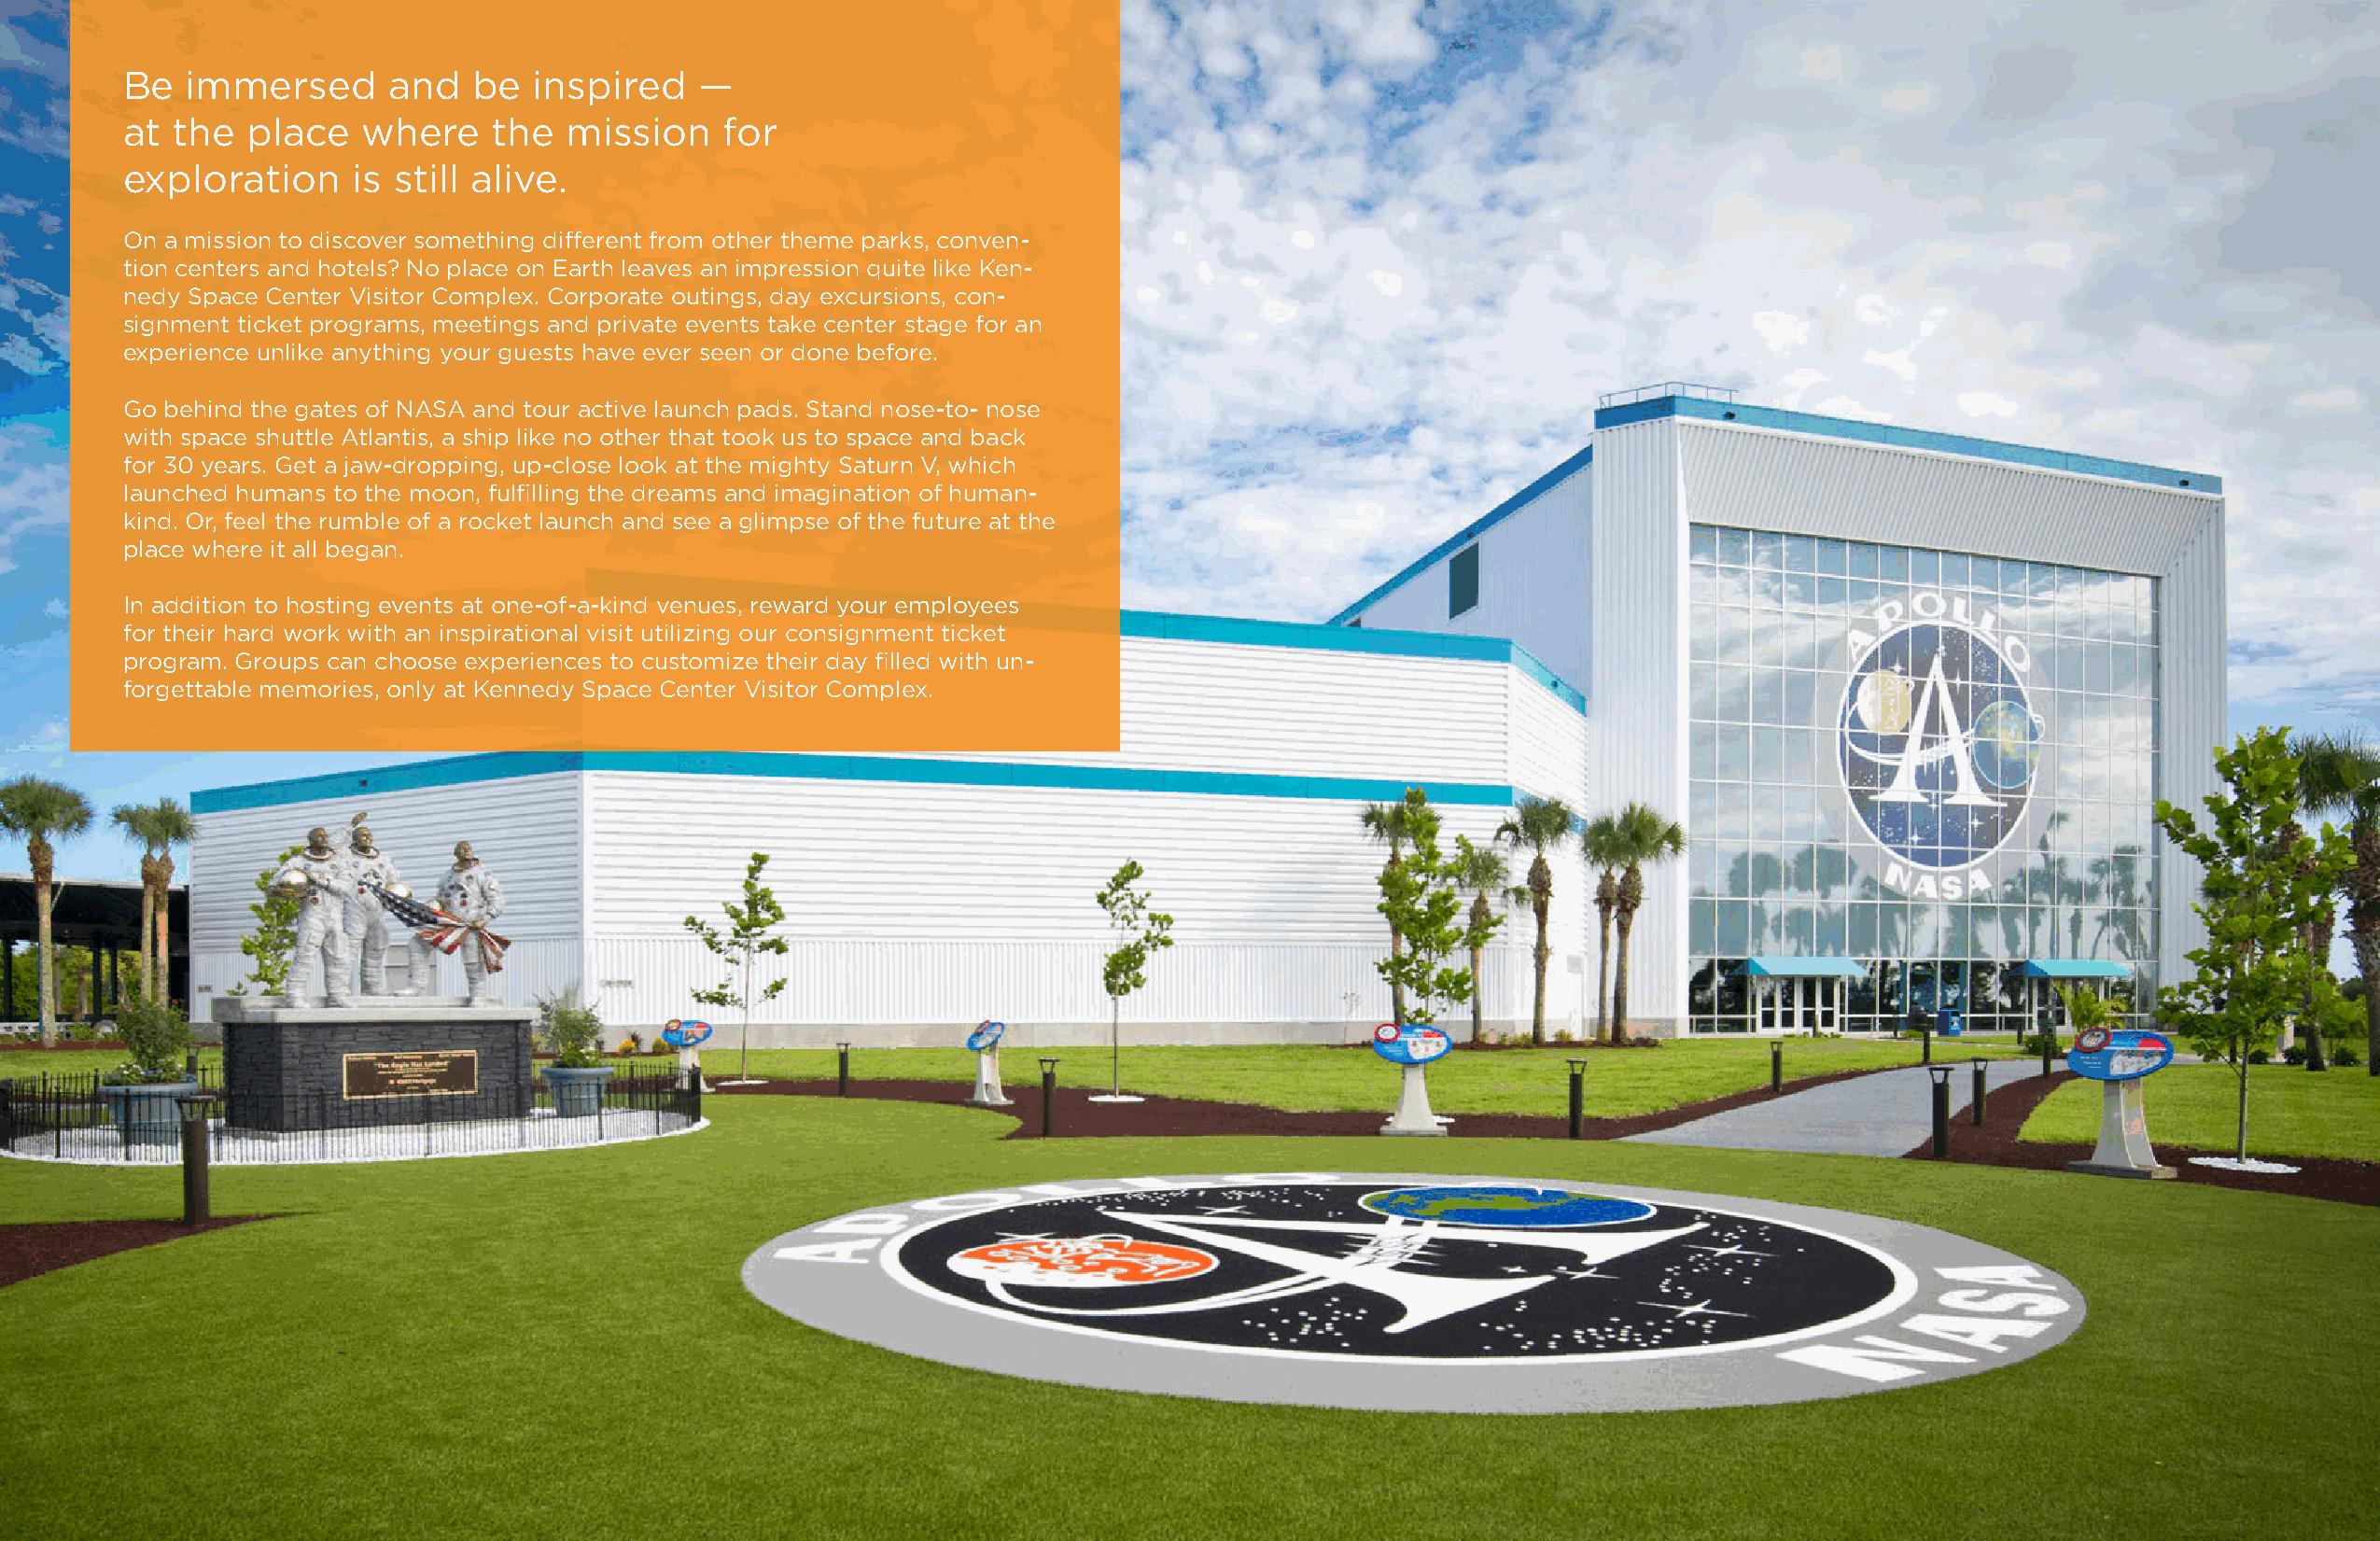
Be  immersed       and   be  inspired    —
 at the   place   where    the  mission    for
 exploration     is still alive.
 On a mission to discover something different from other theme parks, conven-
 tion centers and hotels? No place on Earth leaves an impression quite like Ken-
 nedy Space Center Visitor Complex. Corporate outings, day excursions, con-
 signment ticket programs, meetings and private events take center stage for an
 experience unlike anything your guests have ever seen or done before.
 Go behind the gates of NASA and tour active launch pads. Stand nose-to- nose
 with space shuttle Atlantis, a ship like no other that took us to space and back
 for 30 years. Get a jaw-dropping, up-close look at the mighty Saturn V, which
 launched humans to the moon, fulfilling the dreams and imagination of human-
 kind. Or, feel the rumble of a rocket launch and see a glimpse of the future at the
 place where it all began.
 In addition to hosting events at one-of-a-kind venues, reward your employees
 for their hard work with an inspirational visit utilizing our consignment ticket
 program. Groups can choose experiences to customize their day filled with un-
 forgettable memories, only at Kennedy Space Center Visitor Complex.